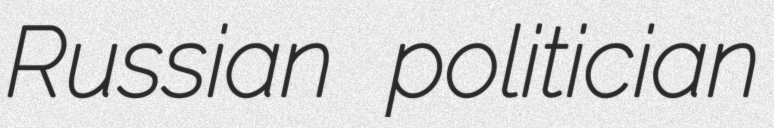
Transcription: Russian politician